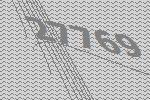
27769